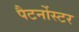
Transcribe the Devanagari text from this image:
पैटर्नोस्टर